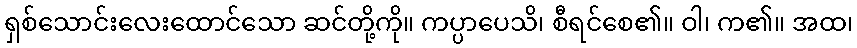
ရှစ်သောင်းလေးထောင်သော ဆင်တို့ကို။ ကပ္ပာပေသိ၊ စီရင်စေ၏။ ဝါ၊ က၏။ အထ၊